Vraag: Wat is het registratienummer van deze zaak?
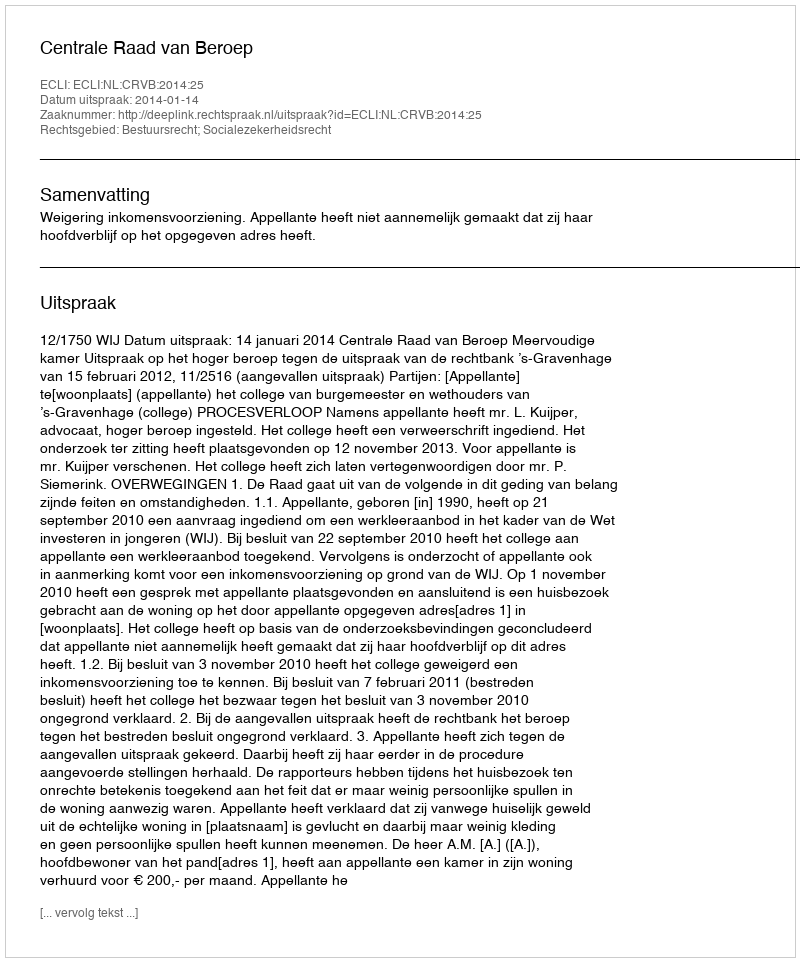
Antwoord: http://deeplink.rechtspraak.nl/uitspraak?id=ECLI:NL:CRVB:2014:25